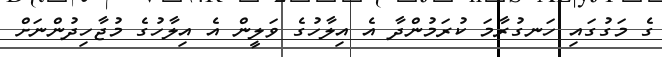
ގެ މަގުގައި ހަނގުރާމަ ކުރަމުންދާ އެ އިލާހުގެ ވަލީން އެ އިލާހުގެ މުޖާހިދުންނަށް